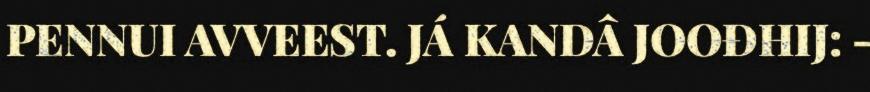
PENNUI AVVEEST. JÁ KANDÂ JOOĐHIJ: -